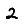
Digit: 2